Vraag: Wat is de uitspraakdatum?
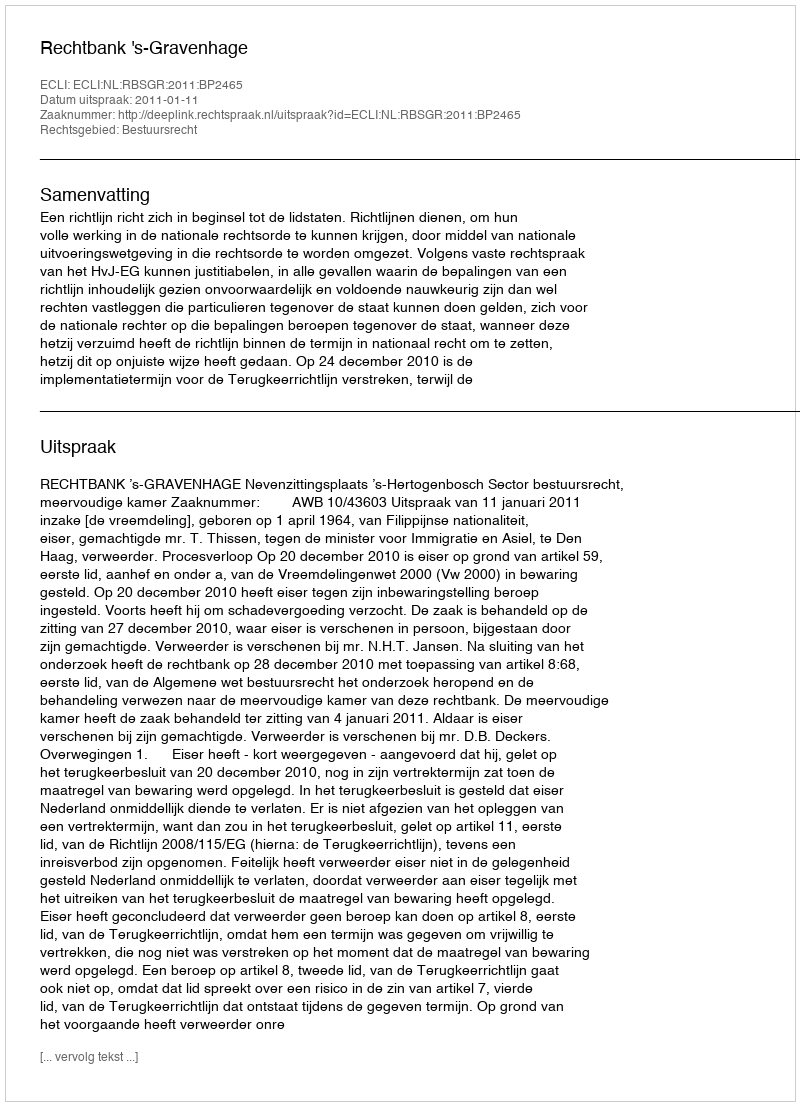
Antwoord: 2011-01-11